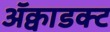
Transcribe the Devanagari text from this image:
ॲक्वाडक्ट